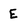
Character: E